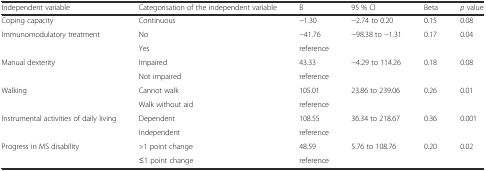
<table><thead><tr><td><b>Independent variable</b></td><td><b>Categorisation of the independent variable</b></td><td><b>B</b></td><td><b>95 % CI</b></td><td><b>Beta</b></td><td><b><i>p</i> value</b></td></tr></thead><tbody><tr><td>Coping capacity</td><td>Continuous</td><td>−1.30</td><td>−2.74 to 0.20</td><td>0.15</td><td>0.08</td></tr><tr><td rowspan="2">Immunomodulatory treatment</td><td>No</td><td>−41.76</td><td rowspan="2">−98.38 to −1.31</td><td rowspan="2">0.17</td><td rowspan="2">0.04</td></tr><tr><td>Yes</td><td>reference</td></tr><tr><td rowspan="2">Manual dexterity</td><td>Impaired</td><td>43.33</td><td rowspan="2">−4.29 to 114.26</td><td rowspan="2">0.18</td><td rowspan="2">0.08</td></tr><tr><td>Not impaired</td><td>reference</td></tr><tr><td rowspan="2">Walking</td><td>Cannot walk</td><td>105.01</td><td rowspan="2">23.86 to 239.06</td><td rowspan="2">0.26</td><td rowspan="2">0.01</td></tr><tr><td>Walk without aid</td><td>reference</td></tr><tr><td rowspan="2">Instrumental activities of daily living</td><td>Dependent</td><td>108.55</td><td rowspan="2">36.34 to 218.67</td><td rowspan="2">0.36</td><td rowspan="2">0.001</td></tr><tr><td>Independent</td><td>reference</td></tr><tr><td rowspan="2">Progress in MS disability</td><td>&gt;1 point change</td><td>48.59</td><td rowspan="2">5.76 to 108.76</td><td rowspan="2">0.20</td><td rowspan="2">0.02</td></tr><tr><td>≤1 point change</td><td>reference</td></tr></tbody></table>